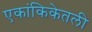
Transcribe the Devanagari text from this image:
एकांकिकेतली